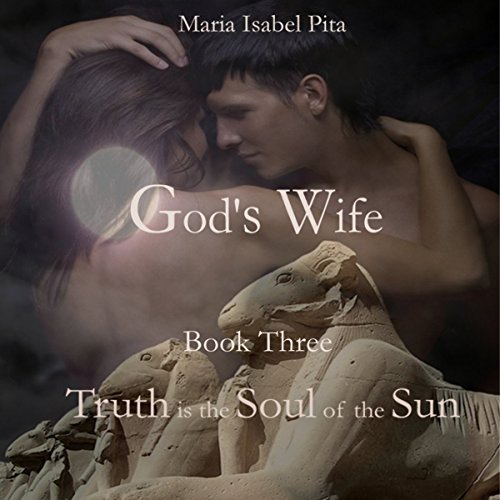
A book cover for God's Wife - Book Three: Truth is the Soul of the Sun; Maria Isabel Pita; Romance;